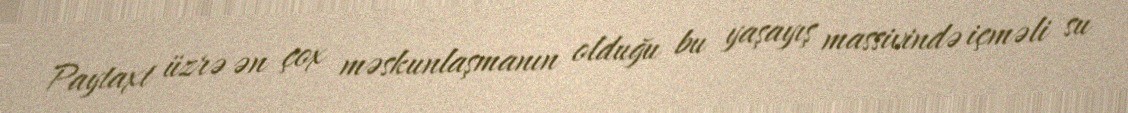
Paytaxt üzrə ən çox məskunlaşmanın olduğu bu yaşayış massivində içməli su